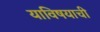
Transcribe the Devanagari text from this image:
याविषयाची